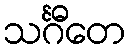
သင်္ဂီတေ